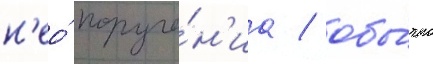
н'ео́ поруче́н'иа / обы́чно